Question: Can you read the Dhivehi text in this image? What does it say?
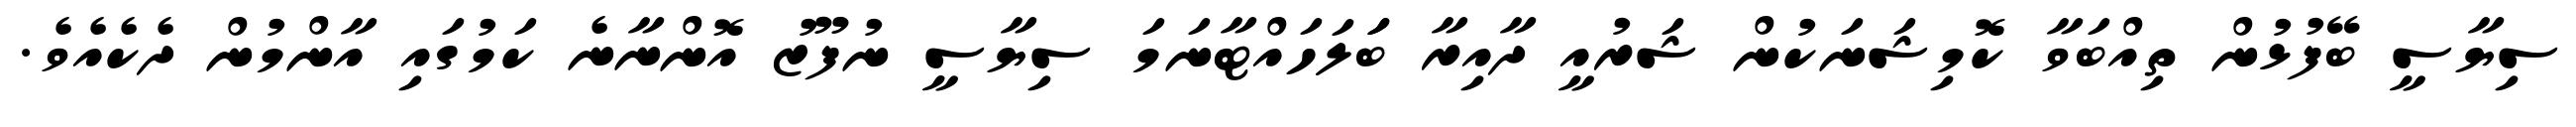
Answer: ސިޔާސީ ބޭފުޅުން ތިއްބަވާ ކޮމިޝަނަކުން ޝަރުއީ ދާއިރާ ބަަލަހައްޓާނަމަ ސިޔާސީ ނުފޫޒު އޮންނާނެ ކަމުގައި އާންމުން ދެކެއެވެ.